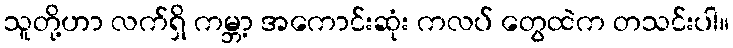
သူတို့ဟာ လက်ရှိ ကမ္ဘာ့ အကောင်းဆုံး ကလပ် တွေထဲက တသင်းပါ။